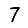
Digit: 7